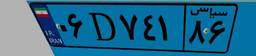
۷۷D۸۶۵۹۹